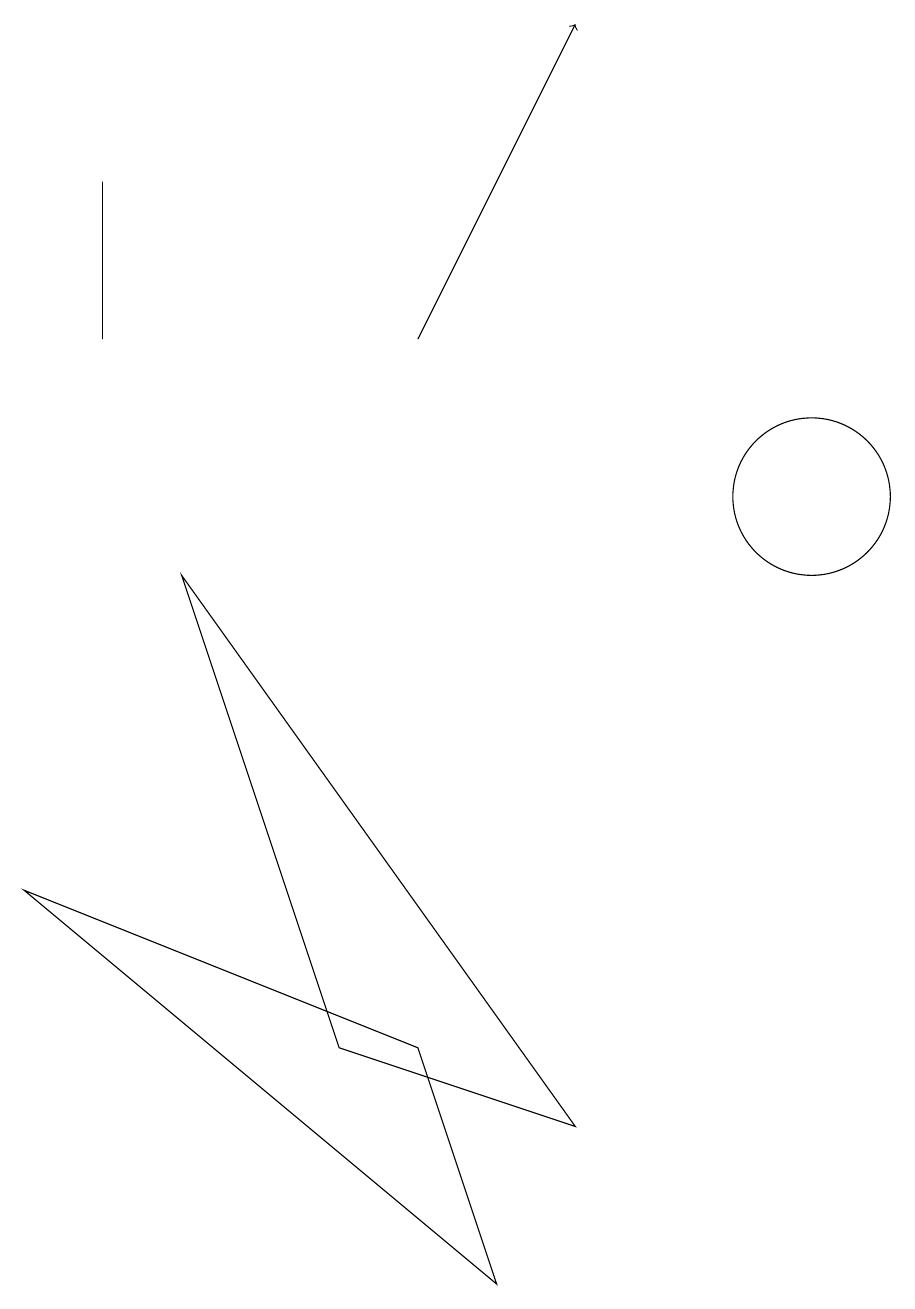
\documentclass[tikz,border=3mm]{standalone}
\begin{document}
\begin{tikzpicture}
\draw[->] (6,12) -- (8,16);
\draw (2,14) rectangle (2,12);
\draw (3,9) -- (8,2) -- (5,3) -- cycle;
\draw (7,0) -- (6,3) -- (1,5) -- cycle;
\draw (11,10) circle (1);
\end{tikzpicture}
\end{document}